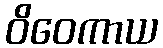
ဝိဝေကာယ